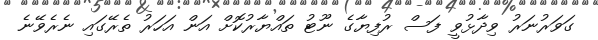
ގަވަރުނަރު ވިދާޅުވީ ފަސް ރުފިޔާގެ ނޫޓު ތައްޔާރުކޮށް އަން އަހަރު ތެރޭގައި ނެރެވޭނެ